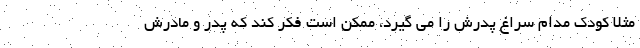
مثلا کودک مدام سراغ پدرش را می گیرد، ممکن است فکر کند که پدر و مادرش